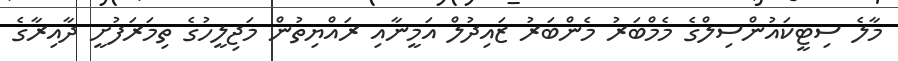
މާލެ ސިޓީކައުންސިލްގެ މެމްބަރު މެންބަރު ޒައިދުލް އަމީނާއި ރައްޔިތުން މަޖިލީހުގެ ތިމަރަފުށީ ދާއިރާގެ